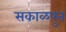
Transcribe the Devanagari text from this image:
सकाळपुन